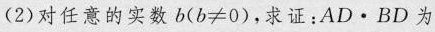
(2)对任意的实数$$b ( b ≠ 0 )$$，求证：AD·BD为